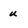
Character: U